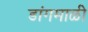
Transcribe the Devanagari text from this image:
डांगमाळी